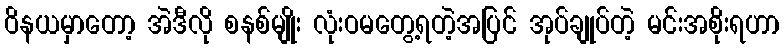
ဝိနယမှာတော့ အဲဒီလို စနစ်မျိုး လုံးဝမတွေ့ရတဲ့အပြင် အုပ်ချုပ်တဲ့ မင်းအစိုးရဟာ